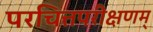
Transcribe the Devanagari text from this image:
परचित्तपरीक्षणम्‌